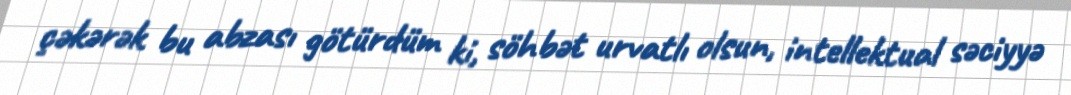
çəkərək bu abzası götürdüm ki, söhbət urvatlı olsun, intellektual səciyyə